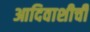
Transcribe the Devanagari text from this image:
आदिवाशीची